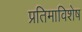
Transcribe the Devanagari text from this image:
प्रतिमाविशेष